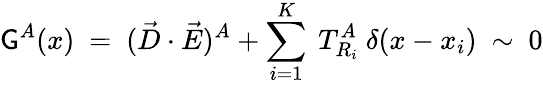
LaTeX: {\cal\mathsf{G}}^{A}(x)~=~(\vec{{D}}\cdot\vec{{E}})^{A}+\sum_{i=1}^{K}~T_{R_{i}}^{A}~\delta(x-x_{i})~\sim~0